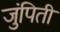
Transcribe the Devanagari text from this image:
जुंपिती